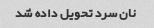
نان سرد تحویل داده شد